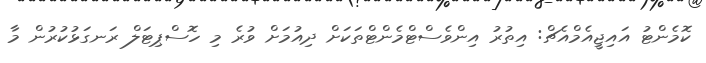
ކޮމެންޓު އައިޖީއެމްއެޗް: އިތުރު އިންވެސްޓްމެންޓްތަކަށް ދިއުމަށް ވުރެ މި ހޮސްޕިޓަލް ރަނގަޅުކުރުން މާ